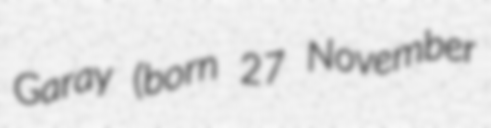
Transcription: Garay (born 27 November